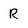
Character: R